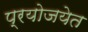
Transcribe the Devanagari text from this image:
प्रयोजयेत